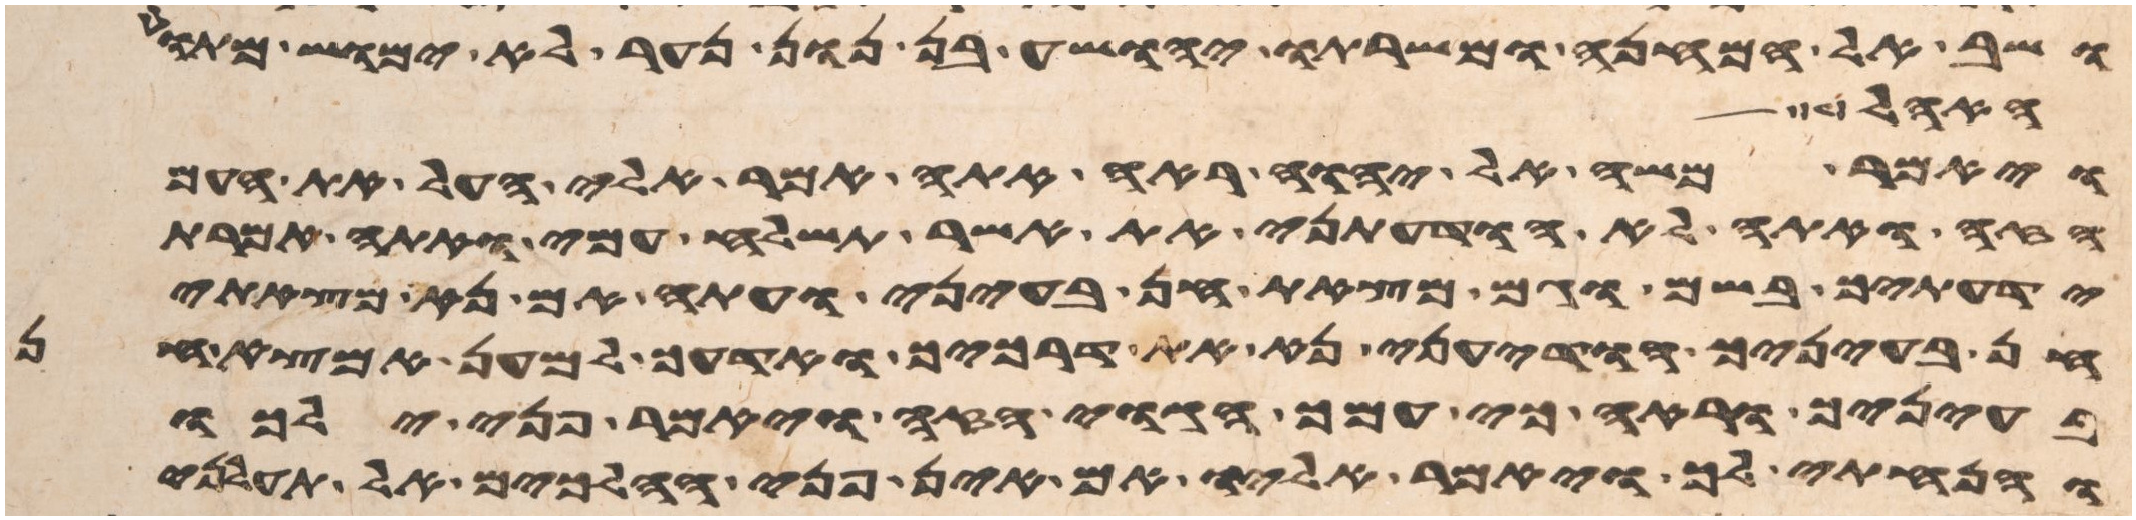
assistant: ושב אל המחנה ומשרתו יהושע בן נון נער לא ימוש מתוך
האהל
ויאמר משה אל יהוה ראה אתה אמר אלי העל את העם
הזה ואתה לא הודעתני את אשר תשלח עמי ואתה אמרת
ידעתיך בשם וגם מצאת חן בעיני ועתה אם נא מצאתי
חן בעיניך הודעני נא את דרכיך ואדעך למען אמצא חן
בעיניך וראה כי עמך הגוי הזה ויאמר פני ילכו
והנחתי לך ויאמר אליו אם אין פניך הלכים אל תעלני